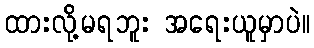
ထားလို့မရဘူး အရေးယူမှာပဲ။